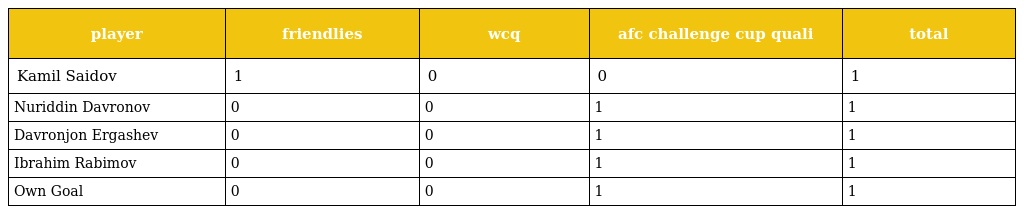
| player | friendlies | wcq | afc challenge cup quali | total |
 | --- | --- | --- | --- | --- |
 | Kamil Saidov | 1 | 0 | 0 | 1 |
 | Nuriddin Davronov | 0 | 0 | 1 | 1 |
 | Davronjon Ergashev | 0 | 0 | 1 | 1 |
 | Ibrahim Rabimov | 0 | 0 | 1 | 1 |
 | Own Goal | 0 | 0 | 1 | 1 |